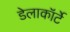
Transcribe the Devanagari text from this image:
डेलाकॉर्टे